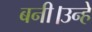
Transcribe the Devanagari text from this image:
बनी।उन्हे